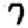
Digit: 7